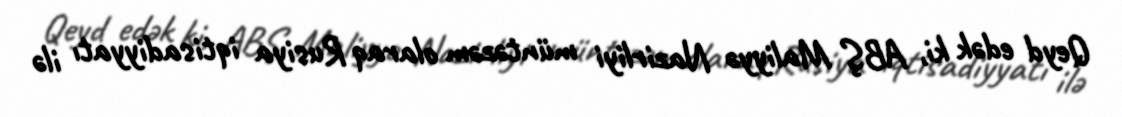
Qeyd edək ki, ABŞ Maliyyə Nazirliyi müntəzəm olaraq Rusiya iqtisadiyyatı ilə